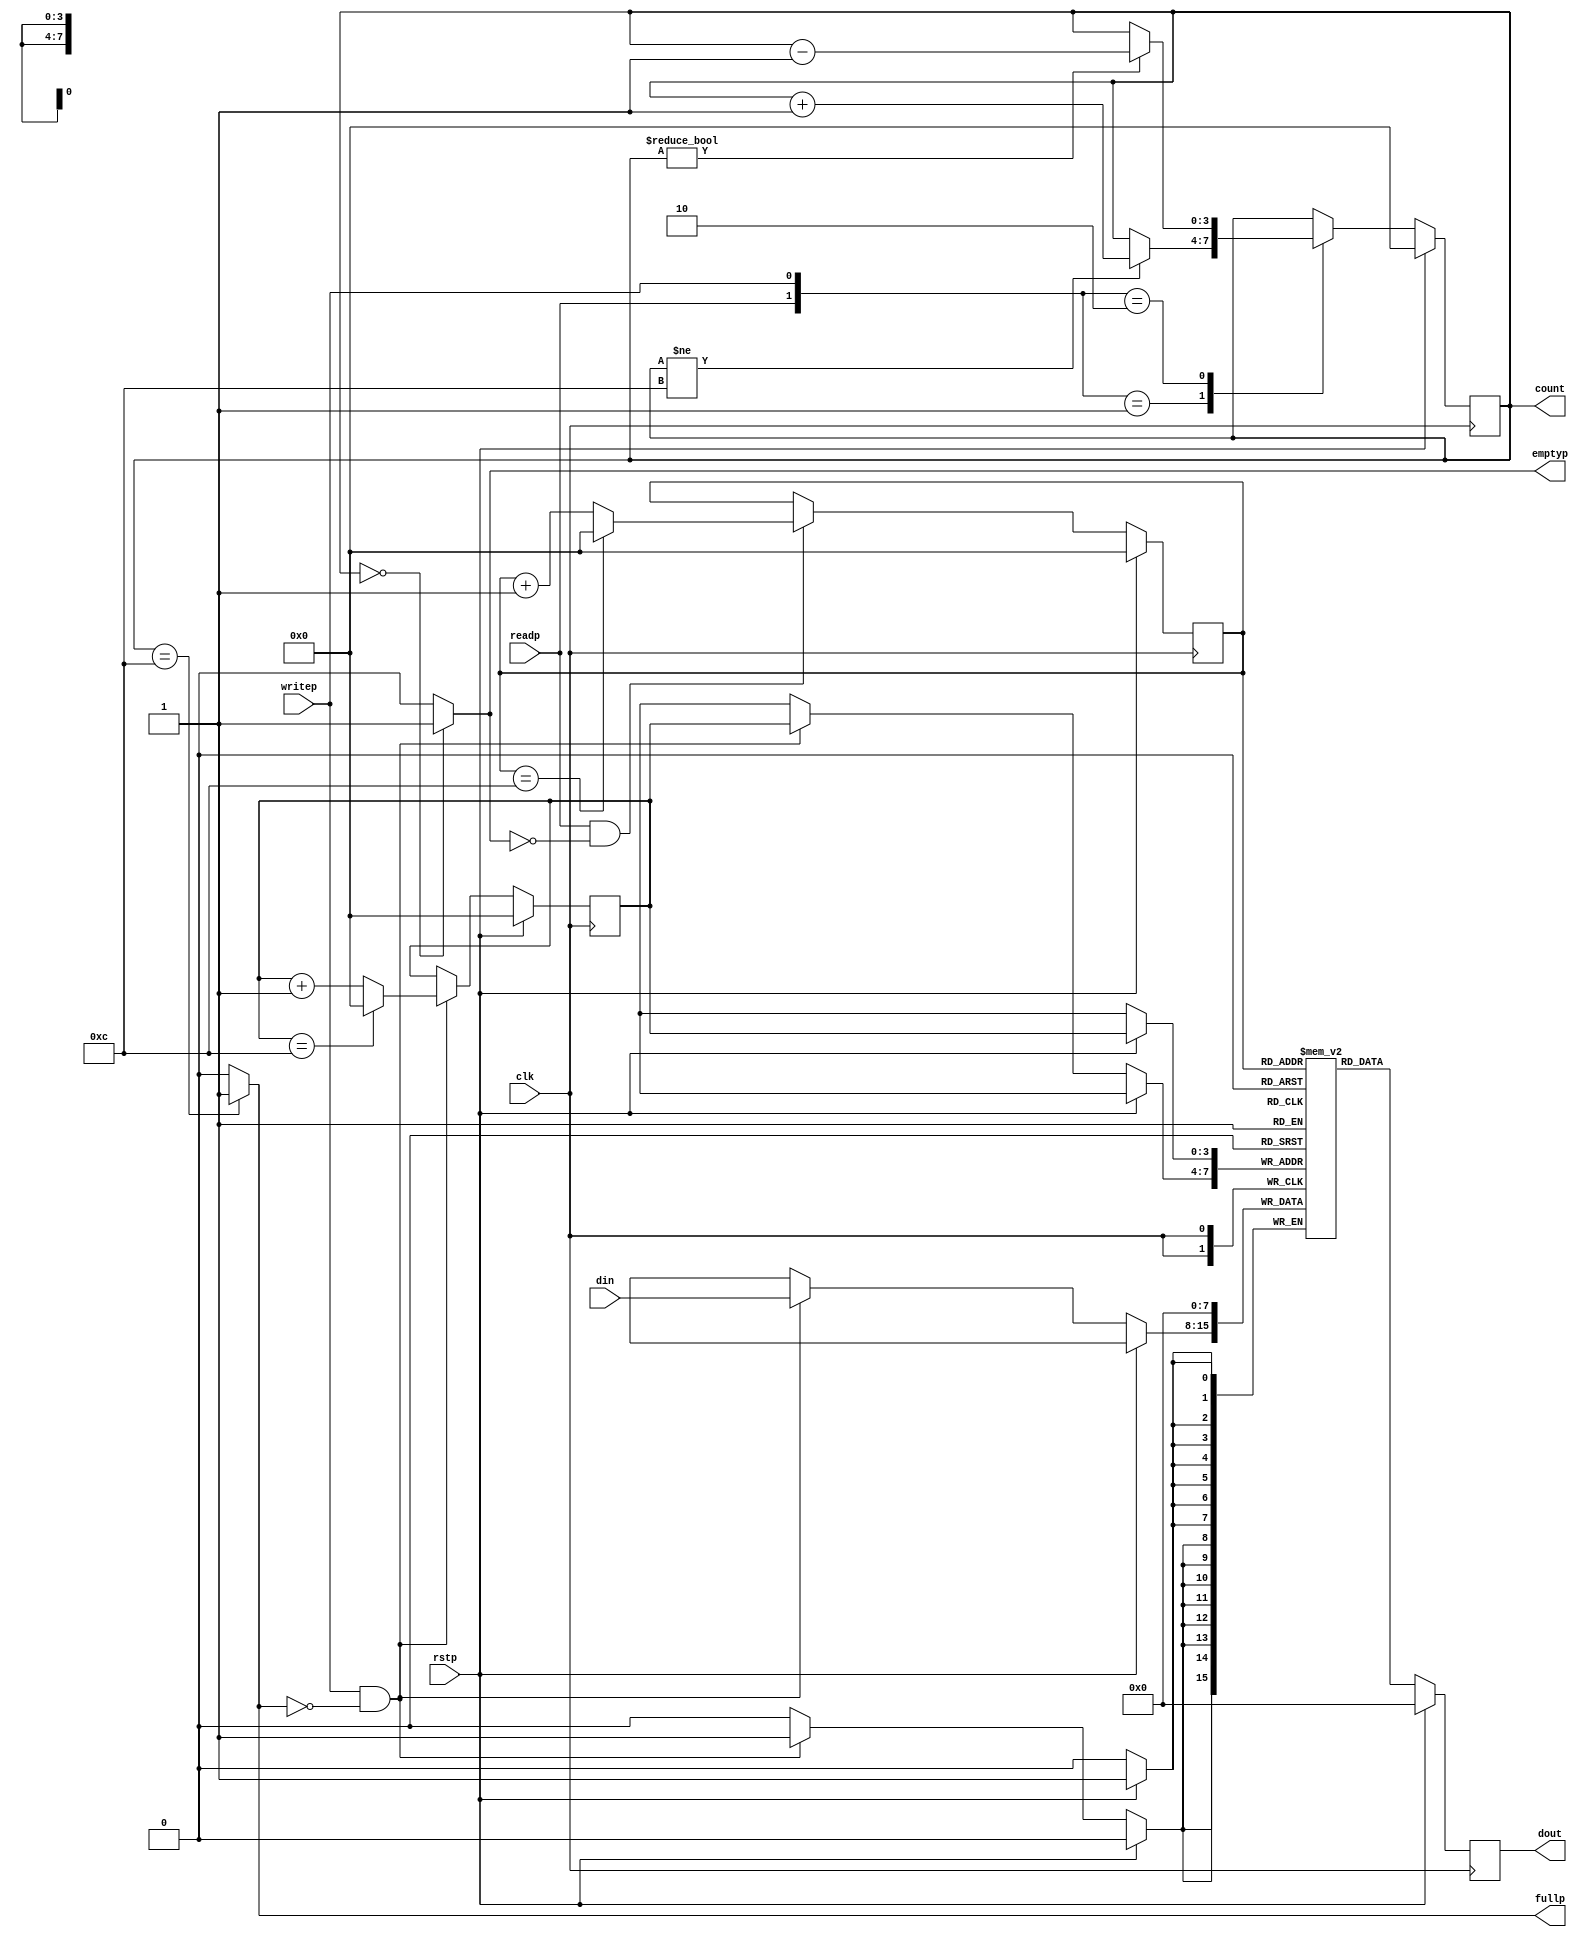
module fifo 
#(parameter MAX_COUNT = 4'd12)  /* FIFO 15*/
(
input	wire		clk		,   /*              */  
input	wire		rstp	,	/*   1  */ 
input	wire[7:0]	din		,	/*              */  
input	wire		readp	,	/*                */  
input	wire		writep	,	/*                */  
output	reg[7:0]	dout	,   /*              */  
output	reg			emptyp	,	/*                */  
output	reg[3:0]	count	,   /* FIFO   */  
output	reg			fullp		/*                */  
);

             
reg [3:0]	tail;	//
reg [3:0]	head;	//
//   
//reg [(DEPTH-1):0]	count;
reg [7:0] fifomem[0:MAX_COUNT]; //fifomem108

// douttail
always @(posedge clk)
	begin
		if (rstp == 1) begin
			dout <= 8'h00;     //0
			end
		else begin
			dout <= fifomem[tail];  //fifomemtaildout
		end
	end 
always @(posedge clk) begin
		if (rstp == 1'b1 ) begin
            fifomem[head] <= 8'h00; 
        end
		else if (writep == 1'b1 && fullp == 1'b0) begin
			fifomem[head] <= din;      //
		end
	end
always @(posedge clk) begin
		if (rstp == 1'b1) begin
			head <= 4'd0;           //
		end
		else if (writep == 1'b1 && fullp == 1'b0)begin
            if(head==MAX_COUNT) 
                head <= 0;
            else
				head <= head + 1;
		end
	end
always @(posedge clk) begin
	if (rstp == 1'b1) begin
		tail <= 4'd0;                //
	end
	else if (readp == 1'b1 && emptyp == 1'b0) begin
        if(tail==MAX_COUNT)
            tail <= 0;
        else
            tail <= tail + 1;
	end
	end
always @(posedge clk)
	begin
		if (rstp == 1'b1) begin
			count <= 4'd0;
		end
		else begin
			case ({readp, writep})
				2'b00: count <= count;
				2'b01: 
					if (count != MAX_COUNT) 
					count <= count + 1;     //
				2'b10: 
					if (count != 4'd00)
					count <= count - 1;    //
				2'b11:
					count <= count;
				default: count <= count;
			endcase
		end
	end
    
always @(count)
	 begin
		 if (count == 4'd0)
			 emptyp <= 1'b1;      //count0emptyp1
	     else
		     emptyp <= 1'b0;
     end
always @(count) 
	 begin
	    if (count == MAX_COUNT)
			 fullp <= 1'b1;       //fullp1
	    else
			 fullp <= 1'b0;
	 end

endmodule